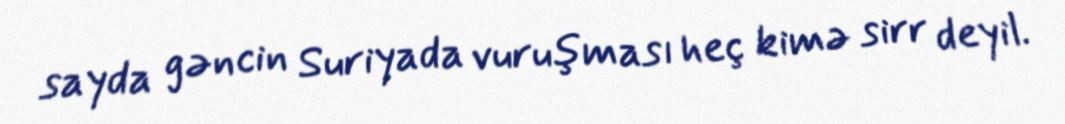
sayda gəncin Suriyada vuruşması heç kimə sirr deyil.